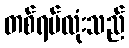
တစ်ရပ်လုံးသည်